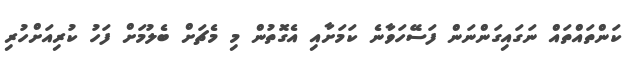
ކަންތައްތައް ނަގައިގަންނަން ފަސޭހަވާނެ ކަމަށާއި އެގޮތުން މި މެޗަށް ބެލުމަށް ފަހު ކުރިއަށްހުރި